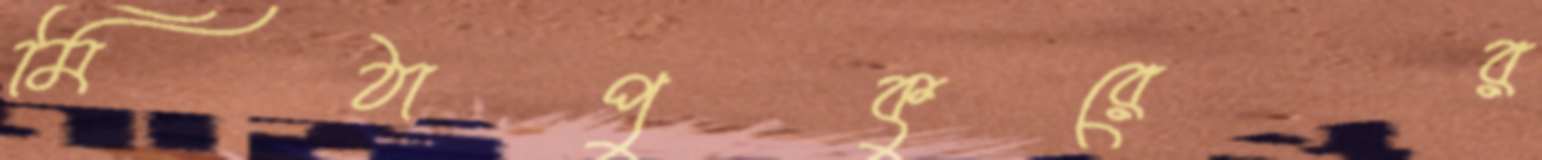
মিঠাপুকুরের